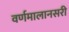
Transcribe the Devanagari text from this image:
वर्णमालानसरी